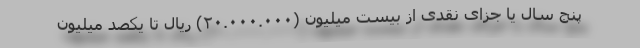
پنج سال یا جزای نقدی از بیست میلیون (۲۰.۰۰۰.۰۰۰) ریال تا یکصد میلیون